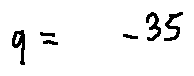
q = - 3 5